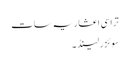
تراسی اعشاریہ سات
سوئزرلینڈ ۔